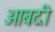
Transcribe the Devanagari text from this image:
आबदी